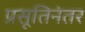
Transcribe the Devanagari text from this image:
प्रसूतिनंतर